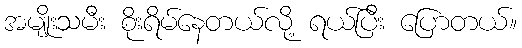
အမျိုးသမီး စိုးရိမ်နေတယ်လို့ ရယ်ပြီး ပြောတယ်။